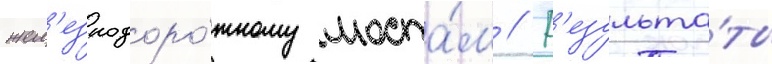
жел'езнодоро́жному моста́м // Р'езульта́ты